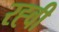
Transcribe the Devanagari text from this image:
रह्वी